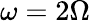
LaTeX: \omega=2\Omega